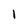
Character: l